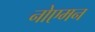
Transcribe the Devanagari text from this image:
नोएमन